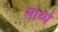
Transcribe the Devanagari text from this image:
सार्थ्य